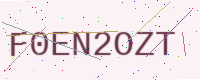
Text: F0EN2OZT